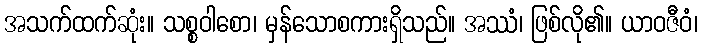
အသက်ထက်ဆုံး။ သစ္စဝါစော၊ မှန်သောစကားရှိသည်။ အဿံ၊ ဖြစ်လို၏။ ယာဝဇီဝံ၊